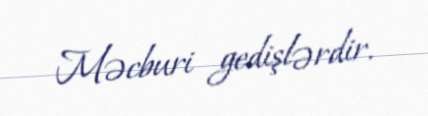
Məcburi gedişlərdir.